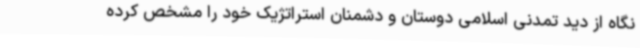
نگاه از دید تمدنی اسلامی دوستان و دشمنان استراتژیک خود را مشخص کرده